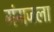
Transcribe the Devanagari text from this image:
गंगजला